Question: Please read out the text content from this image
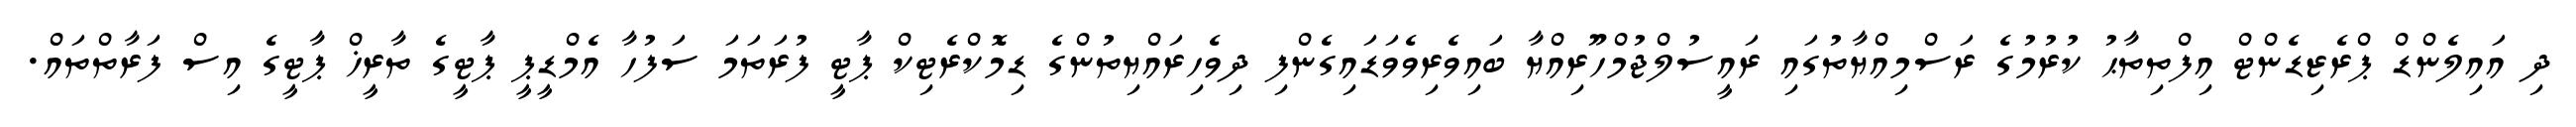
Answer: ދި އައިލެންޑް ޕްރެޒިޑެންޓް އިފްތިތާޙު ކުރުމުގެ ރަސްމިއްޔާތުގައި ރައީސުލްޖުމްހޫރިއްޔާ ބައިވެރިވެވަޑައިގެންފި ދިވެހިރައްޔިތުންގެ ޑިމޮކްރެޓިކް ޕާޓީ ފުރަތަމަ ސަފުހާ އެމްޑީޕީ ޕާޓީގެ ތާރީޚް ޕާޓީގެ އިސް ފަރާތްތައް.